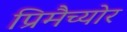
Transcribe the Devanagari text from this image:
प्रिमैच्योर